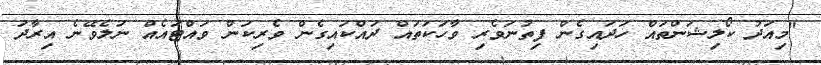
"މިއަދު ކޯލިޝަންތައް ހަދައިގެން ފިތުނަވެރި ވާހަކަތައް ދައްކައިގެން ވެރިކަން ވައްޓައެއް ނުލެވޭނެ އިރާދަ